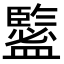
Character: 𥃉